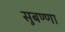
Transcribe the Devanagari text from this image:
सुबण्णा